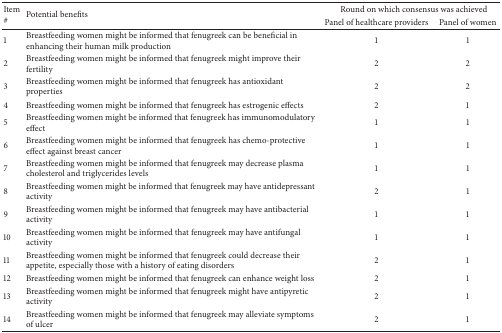
<table><thead><tr><td rowspan="2"><b>Item #</b></td><td rowspan="2"><b>Potential benefits</b></td><td colspan="2"><b> Round on which consensus was achieved</b></td></tr><tr><td><b>Panel of healthcare providers</b></td><td><b>Panel of women</b></td></tr></thead><tbody><tr><td>1</td><td>Breastfeeding women might be informed that fenugreek can be beneficial in enhancing their human milk production</td><td>1</td><td>1</td></tr><tr><td>2</td><td>Breastfeeding women might be informed that fenugreek might improve their fertility</td><td>2</td><td>2</td></tr><tr><td>3</td><td>Breastfeeding women might be informed that fenugreek has antioxidant properties</td><td>2</td><td>2</td></tr><tr><td>4</td><td>Breastfeeding women might be informed that fenugreek has estrogenic effects</td><td>2</td><td>1</td></tr><tr><td>5</td><td>Breastfeeding women might be informed that fenugreek has immunomodulatory effect</td><td>1</td><td>1</td></tr><tr><td>6</td><td>Breastfeeding women might be informed that fenugreek has chemo-protective effect against breast cancer</td><td>1</td><td>1</td></tr><tr><td>7</td><td>Breastfeeding women might be informed that fenugreek may decrease plasma cholesterol and triglycerides levels</td><td>1</td><td>1</td></tr><tr><td>8</td><td>Breastfeeding women might be informed that fenugreek may have antidepressant activity</td><td>2</td><td>1</td></tr><tr><td>9</td><td>Breastfeeding women might be informed that fenugreek may have antibacterial activity</td><td>1</td><td>1</td></tr><tr><td>10</td><td>Breastfeeding women might be informed that fenugreek may have antifungal activity</td><td>1</td><td>1</td></tr><tr><td>11</td><td>Breastfeeding women might be informed that fenugreek could decrease their appetite, especially those with a history of eating disorders</td><td>2</td><td>1</td></tr><tr><td>12</td><td>Breastfeeding women might be informed that fenugreek can enhance weight loss</td><td>2</td><td>1</td></tr><tr><td>13</td><td>Breastfeeding women might be informed that fenugreek might have antipyretic activity</td><td>2</td><td>1</td></tr><tr><td>14</td><td>Breastfeeding women might be informed that fenugreek may alleviate symptoms of ulcer</td><td>2</td><td>1</td></tr></tbody></table>